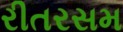
રીતરસમ